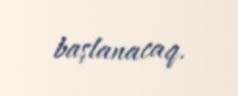
başlanacaq.